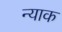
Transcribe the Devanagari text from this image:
न्याक